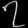
Digit: ၇